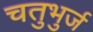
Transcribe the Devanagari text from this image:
चतुभुर्ज